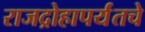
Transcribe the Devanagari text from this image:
राजद्रोहापर्यंतचे